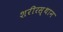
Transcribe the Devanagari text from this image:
शरीरस्थान